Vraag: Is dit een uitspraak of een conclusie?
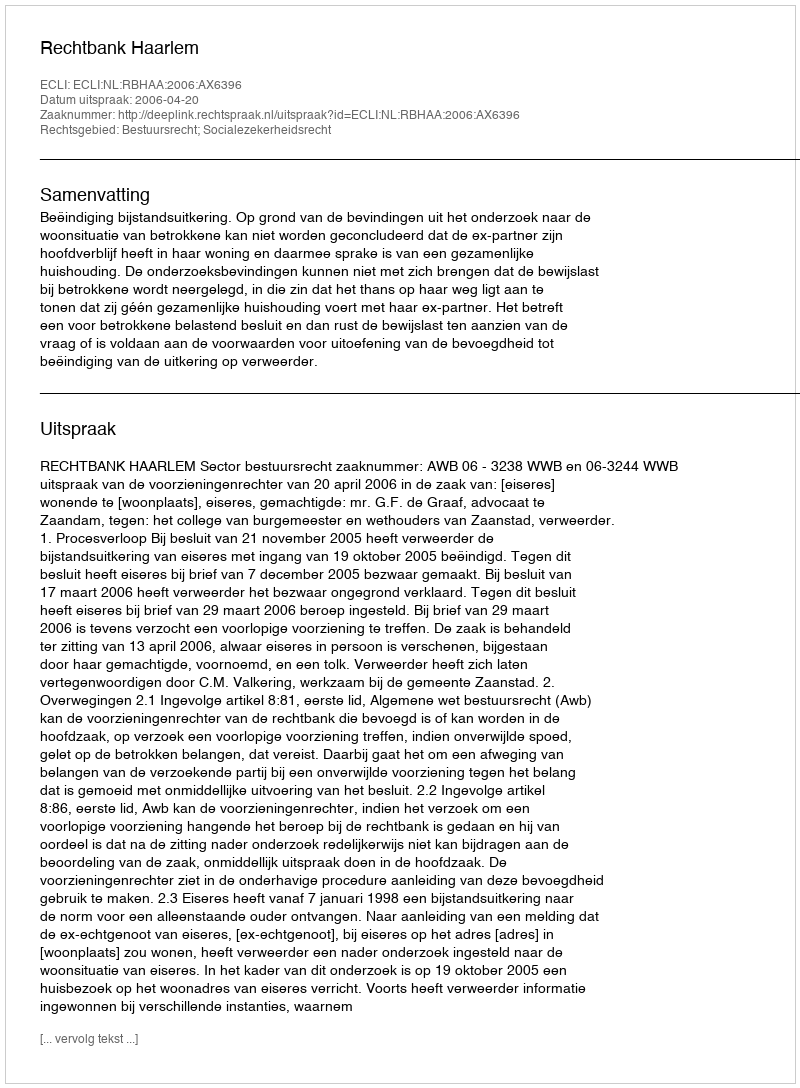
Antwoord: Uitspraak